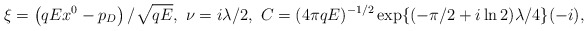
\begin{align*}\xi =\left( qEx^{0}-p_{D}\right) /\sqrt{qE},\smallskip \ \nu =i\lambda/2,\smallskip \ C=(4\pi qE)^{-1/2}\exp \{(-\pi /2+i\ln 2)\lambda /4\}(-i),\end{align*}